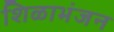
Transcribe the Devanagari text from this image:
शिळाभंजन